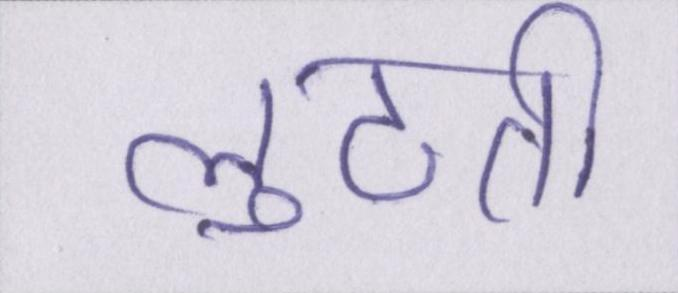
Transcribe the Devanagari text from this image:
लुटती